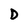
Character: D